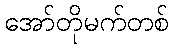
အော်တိုမက်တစ်